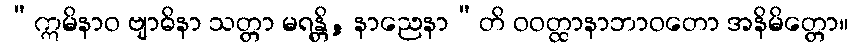
“ဣမိနာဝ ဗျာဓိနာ သတ္တာ မရန္တိ, နာညေနာ”တိ ဝဝတ္ထာနာဘာဝတော အနိမိတ္တော။